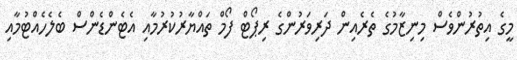
މީގެ އިތުރުންވެސް މިނިޒާމުގެ ތެރެއިން ދަރިވަރުންގެ ރިޕޯޓް ފޯމް ތައްޔާރުކުރުމާއި އެޓެންޑެންސް ބެލެހެއްޓުމާއި